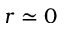
r \simeq 0